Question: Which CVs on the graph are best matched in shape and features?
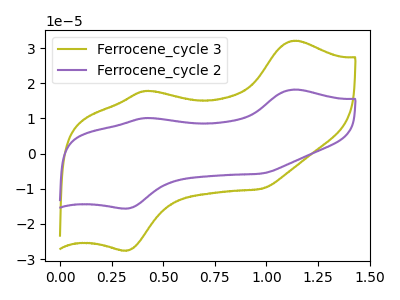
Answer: <think>The olive curve "Ferrocene_cycle 3" has anodic peaks at (1.15V, 32.05uA) (0.40V, 17.80uA) and cathodic peaks at (0.30V, -27.55uA) (0.95V, -10.05uA). The purple curve "Ferrocene_cycle 2" has anodic peaks at (1.15V, 18.20uA) (0.40V, 10.10uA) and cathodic peaks at (0.30V, -15.60uA) (0.95V, -5.70uA).
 All the peaks in "Ferrocene_cycle 3" have a peak in "Ferrocene_cycle 2" at the same potential. Every peak in "Ferrocene_cycle 3" is higher than every peak in "Ferrocene_cycle 2".</think>
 <answer>"Ferrocene_cycle 3" and "Ferrocene_cycle 2" have the same shape and are likely CV's of the same chemical.</answer>
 <eval>"Ferrocene_cycle 3" "Ferrocene_cycle 2"</eval>